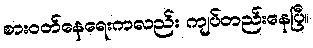
စားဝတ်နေရေးကလည်း ကျပ်တည်းနေပြီ။